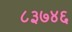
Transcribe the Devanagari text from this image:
८३७४६